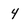
Character: 4